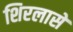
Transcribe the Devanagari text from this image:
शिरलासे